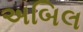
અબિલ